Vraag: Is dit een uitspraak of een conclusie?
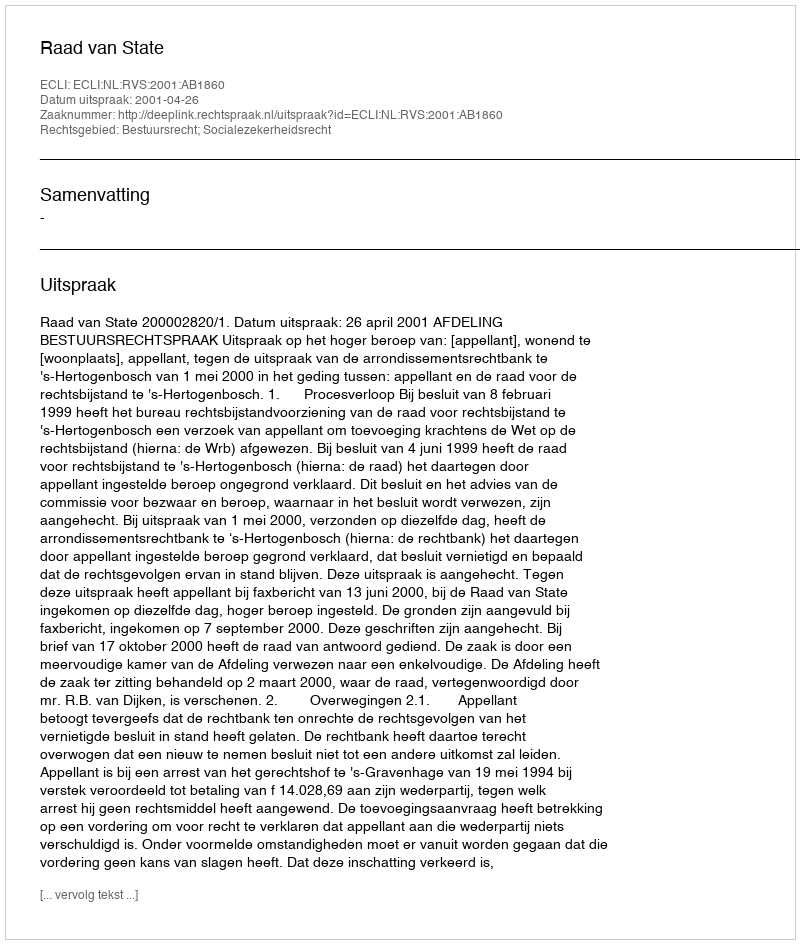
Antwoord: Uitspraak